Calcutta medical institutions reports 1871-78
Year: 1871
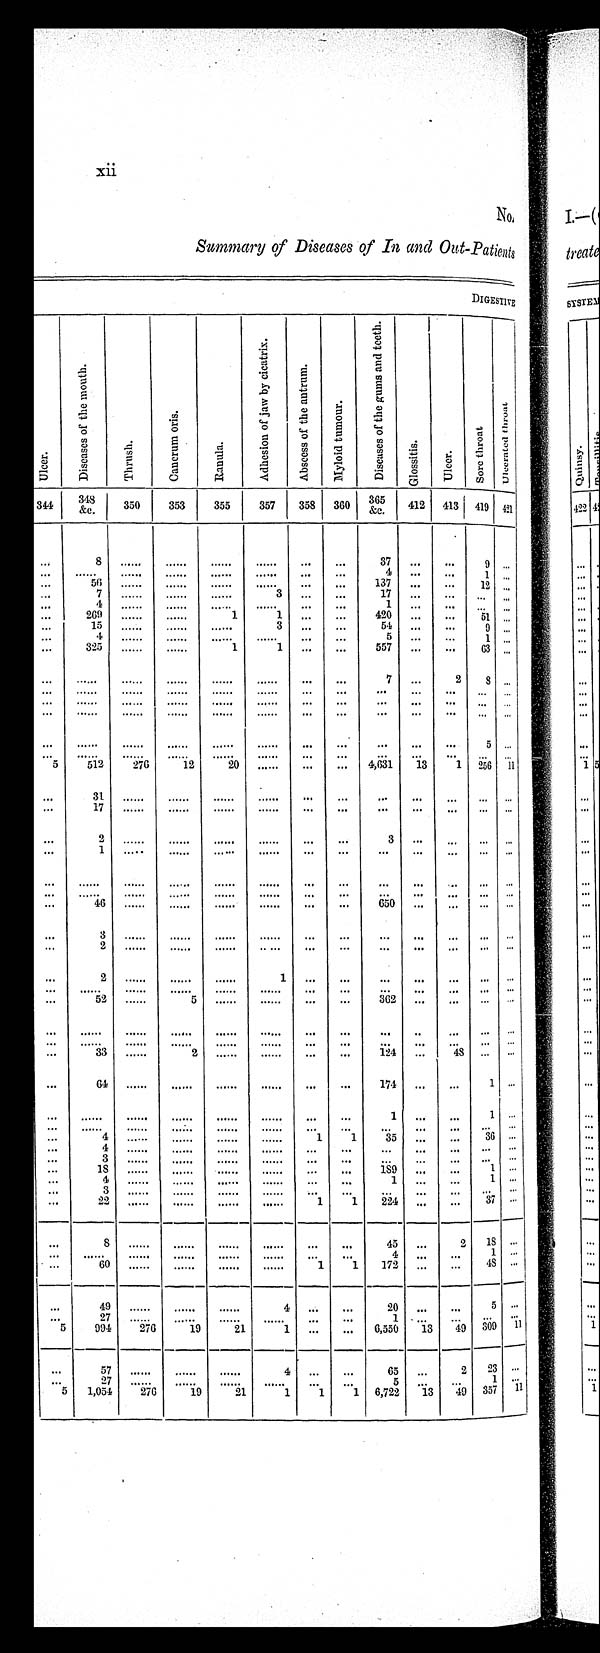
No.
Summary of Diseases of In and Out-Patients
D I G E S T I V E
U l c e r .
D i s e a s e s o f t h e m o u t h .
T h r u s h .
C a n c r u m o r i s .
R a n u l a .
A d h e s i o n o f j a w b y c i c a t r i x .
A b s c e s s o f t h e a n t r u m .
M y l o i d t u m o u r .
D i s e a s e s o f t h e g u m s a n d t e e t h .
G l o s s i t i s .
U l c e r .
S o r e t h r o a t
U l c e r a t e d t h r o a t
344
348
&c.
350
353
355
357
358
360
365 &c.
412 413 419 421
...
8
37
...
...
. . .
—
—
1
56
...
137
,„
...
7
3
,..
...
...
...
4
...
269
1
420
...
...
51
...
15
3
...
...
9
„,
4
...
1
...
325
1
...
557
...
...
G3
,..
...
. ..
. . .
7 . . .
2
o_
...
...
...
...
...
...
...
...
...
...
•••
.,.
...
...
...
...
...
...
...
...
...
—
—
—
5 ...
.
...
...
...
5
512
270
12
20
......
...
...
4,631
13
1
...
256
...
II ,
1
—
31
...
...
,
...
17
—
—
—
—
•..
...
...
...
2
•••
—
...
1
__
.
—..
_.
...
—
—
...
...
...
...
...
...
46
...
...
650
.•.
...
••.
—
...
3
...
...
...
...
...
...
...
2
•• •••
'••
—
...
...
...
...
...
...
2
...
...
...
...
•••
...
...
•.•
••
...
•...
.••
...
52
5
......
...
...
...
..
...
...
..
...
...
33
2
—
—
124
..
48 ...
—
...
64
...
...
174
..
...
1 —
...
...
1 —
...
4
1
1
35
...
...
36 ...
4
...
...
...
...
...
18
...
...
189
...
...
1 ..•
4,
—
z—
...
3
•••
...
02
1
1
224
.„
...
37 —
—
8
...
...
_
45—
2
____
1S—
____
...
1 —
• ...
60
1
1
172
...
...
43
—
...
...
49
—
4
...
...
5
—I
...
27
5
994
__
276
___
19
21
1
..•
...
6 - 50
,a
13
49 30
11
1 1
2
57
_
_
_
4_
...
_
65_
2
—
23—
..
7
1 —
5
1,054
276
19
21
1
...
1
...
1 6,722
13
49 357
11